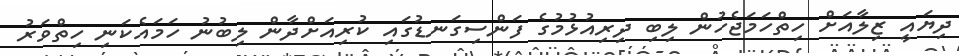
ދިޔައީ ޒިލާއަށް ހިތްހަމަޖެހުން ލިބި ދިރިއުޅުމުގެ ފަންސިގަނޑުގައި ކުރިއަށްދާން ލިބުނު ހަމައެކަނި ހިތްވަރު